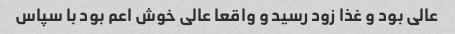
عالی بود و غذا زود رسید و واقعا عالی خوش اعم بود با سپاس